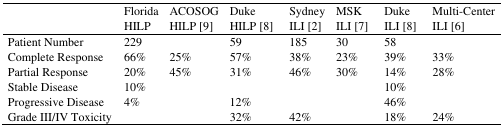
|  | Florida HILP | ACOSOG HILP [9] | Duke HILP [8] | Sydney ILI [2] | MSK ILI [7] | Duke ILI [8] | Multi-Center ILI [6] |
 | --- | --- | --- | --- | --- | --- | --- | --- |
 | Patient Number | 229 |  | 59 | 185 | 30 | 58 |  |
 | Complete Response | 66% | 25% | 57% | 38% | 23% | 39% | 33% |
 | Partial Response | 20% | 45% | 31% | 46% | 30% | 14% | 28% |
 | Stable Disease | 10% |  |  |  |  | 10% |  |
 | Progressive Disease | 4% |  | 12% |  |  | 46% |  |
 | Grade III/IV Toxicity |  |  | 32% | 42% |  | 18% | 24% |